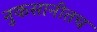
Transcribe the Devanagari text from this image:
नुकसानीतच